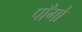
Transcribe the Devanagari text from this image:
पाँगो